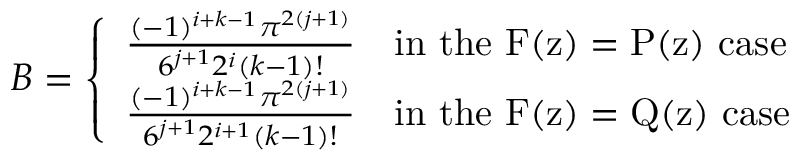
B = \left\{ \begin{array} { l l } { \frac { ( - 1 ) ^ { i + k - 1 } \pi ^ { 2 ( j + 1 ) } } { 6 ^ { j + 1 } 2 ^ { i } ( k - 1 ) ! } } & { \mathrm { i n ~ t h e ~ F ( z ) = P ( z ) ~ c a s e } } \\ { \frac { ( - 1 ) ^ { i + k - 1 } \pi ^ { 2 ( j + 1 ) } } { 6 ^ { j + 1 } 2 ^ { i + 1 } ( k - 1 ) ! } } & { \mathrm { i n ~ t h e ~ F ( z ) = Q ( z ) ~ c a s e } } \end{array} \right.